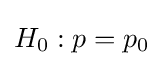
H_{0}:p=p_{0}